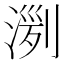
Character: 𣸟